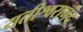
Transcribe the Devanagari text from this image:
यतीश्वरानंद